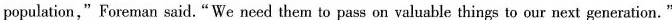
population,"Foreman said."We need them to pass on valuable things to our next generation."